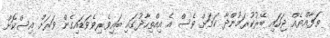
ތަފާއްޔެއް ޖަހައި ބޭރުކުރަމުންދާ ކަމަށް ވެސް އެ އިއްތިހާދުގައި ބައިވެރިވެވަޑައިގެން ވަރަށް އިސްކޮށް